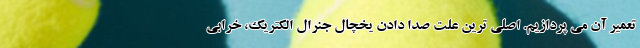
تعمیر آن می پردازیم. اصلی ترین علت صدا دادن یخچال جنرال الکتریک، خرابی